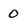
Character: 0